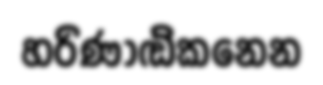
හරිණාඬ්කනෙන